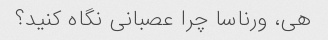
هی، ورناسا چرا عصبانی نگاه کنید؟